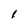
Character: 1